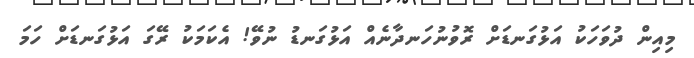
މިއިން ދުވަހަކު އަޅުގަނޑަށް ރޮވުނުހަނދާނެއް އަޅުގަނޑު ނުވޭ! އެކަމަކު ރޭގަ އަޅުގަނޑަށް ހަމަ